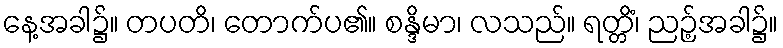
နေ့အခါ၌။ တပတိ၊ တောက်ပ၏။ စန္ဒိမာ၊ လသည်။ ရတ္တိံ၊ ညဉ့်အခါ၌။